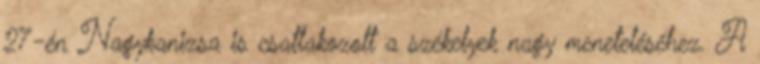
27-én Nagykanizsa is csatlakozott a székelyek nagy meneteléséhez. A